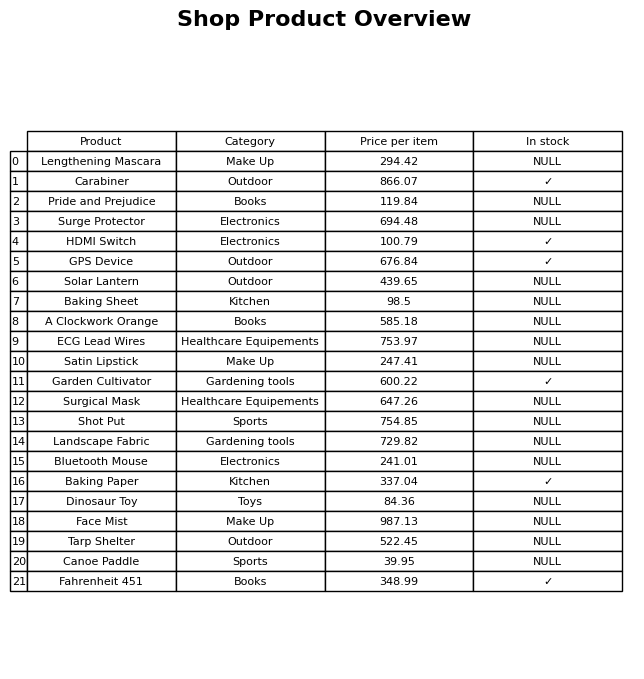
question: Which products are available in stock?
answer: Carabiner, HDMI Switch, GPS Device, Garden Cultivator, Baking Paper, Fahrenheit 451